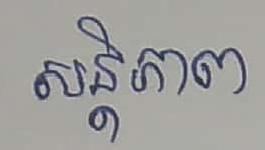
សន្ដិភាព